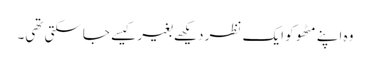
وہ اپنے مٹھو کو ایک نظر دیکھے بغیر کیسے جاسکتی تھی۔